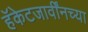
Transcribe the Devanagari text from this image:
हॅकेटजार्वींनच्या